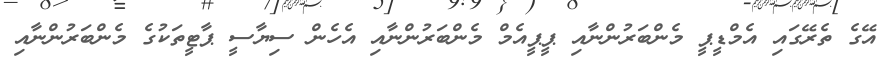
އޭގެ ތެރޭގައި އެމްޑީޕީ މެންބަރުންނާއި ޕީޕީއެމް މެންބަރުންނާއި އެހެން ސިޔާސީ ޕާޓީތަކުގެ މެންބަރުންނާއި